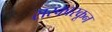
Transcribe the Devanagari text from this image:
सरकारकून